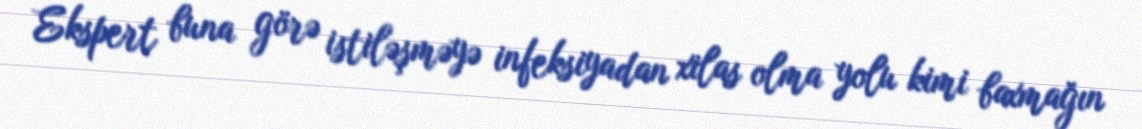
Ekspert buna görə istiləşməyə infeksiyadan xilas olma yolu kimi baxmağın